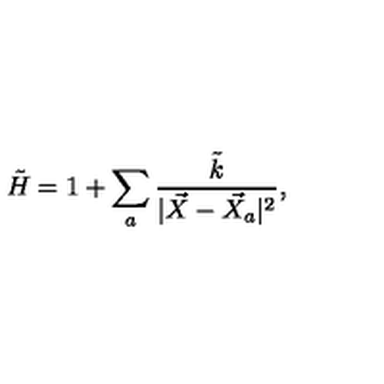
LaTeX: \tilde { H } = 1 + \sum _ { a } \frac { \tilde { k } } { | \vec { X } - \vec { X } _ { a } | ^ { 2 } } ,